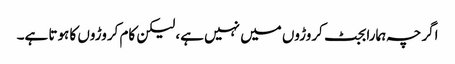
اگرچہ ہمارا بجٹ کروڑوں میں نہیں ہے، لیکن کام کروڑوں کا ہوتا ہے۔